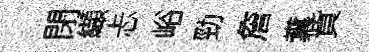
閉纈忐峪勁詹糞貲